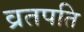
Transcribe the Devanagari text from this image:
व्रतपति